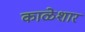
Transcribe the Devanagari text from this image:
काळेशार